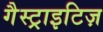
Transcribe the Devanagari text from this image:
गैस्ट्राइटिज़